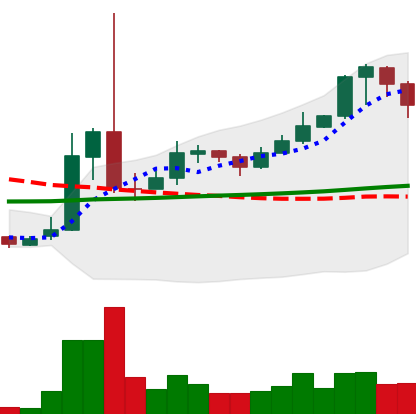
Ticker: XRP-USD
Chart end date: 2021-02-15
Forward return: -5.721%
Label: down_5_7